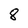
Character: 8